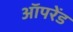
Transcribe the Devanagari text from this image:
ऑपरेंड